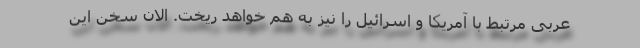
عربی مرتبط با آمریکا و اسرائیل را نیز به هم خواهد ریخت. الان سخن این